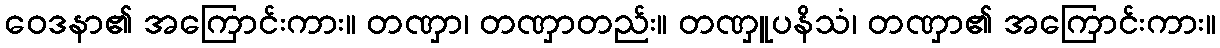
ဝေဒနာ၏ အကြောင်းကား။ တဏှာ၊ တဏှာတည်း။ တဏှူပနိသံ၊ တဏှာ၏ အကြောင်းကား။